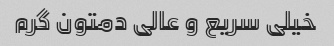
خیلی سریع و عالی دمتون گرم